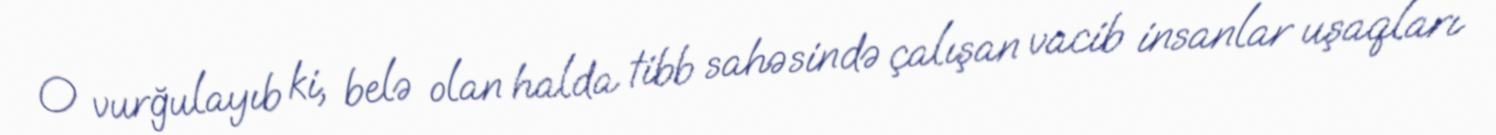
O vurğulayıb ki, belə olan halda tibb sahəsində çalışan vacib insanlar uşaqları